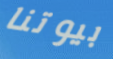
بيوتنا